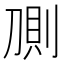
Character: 𰄸